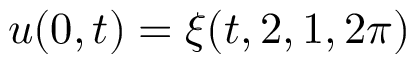
u ( 0 , t ) = \xi ( t , 2 , 1 , 2 \pi )